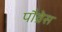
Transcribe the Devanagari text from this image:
पौव्रेस